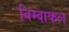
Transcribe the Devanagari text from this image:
बिम्बाफल